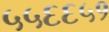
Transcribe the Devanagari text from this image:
५५६६५१